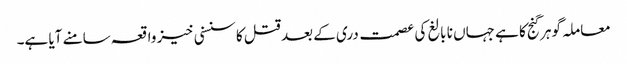
معاملہ گوہر گنج کا ہے جہاں نا بالغ کی عصمت دری کے بعد قتل کا سنسنی خیز واقعہ سامنے آیا ہے۔